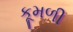
કૂમળી